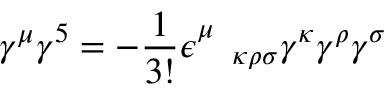
\gamma ^ { \mu } \gamma ^ { 5 } = - \frac { 1 } { 3 ! } \epsilon _ { \quad \kappa \rho \sigma } ^ { \mu } \gamma ^ { \kappa } \gamma ^ { \rho } \gamma ^ { \sigma }